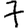
Digit: 7